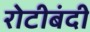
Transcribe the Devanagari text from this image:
रोटीबंदी